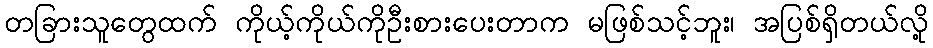
တခြားသူတွေထက် ကိုယ့်ကိုယ်ကိုဦးစားပေးတာက မဖြစ်သင့်ဘူး၊ အပြစ်ရှိတယ်လို့